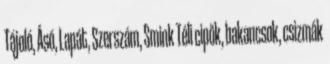
Tájoló, Ásó, Lapát, Szerszám, Smink Téli cipők, bakancsok, csizmák